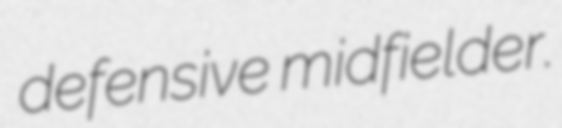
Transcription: defensive midfielder.